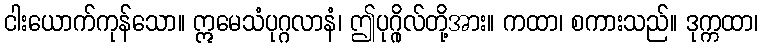
ငါးယောက်ကုန်သော။ ဣမေသံပုဂ္ဂလာနံ၊ ဤပုဂ္ဂိုလ်တို့အား။ ကထာ၊ စကားသည်။ ဒုက္ကထာ၊